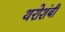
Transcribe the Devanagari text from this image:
थरोशंबी